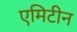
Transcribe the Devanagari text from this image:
एमिटीन